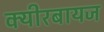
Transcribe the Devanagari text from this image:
क्यीरबायज